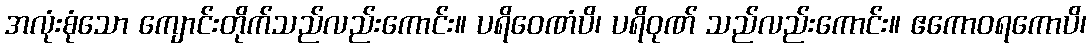
အလုံးစုံသော ကျောင်းတိုက်သည်လည်းကောင်း။ ပရိဝေဏံပိ၊ ပရိဝုဏ် သည်လည်းကောင်း။ ဧကောဝရကောပိ၊